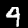
Label: 4